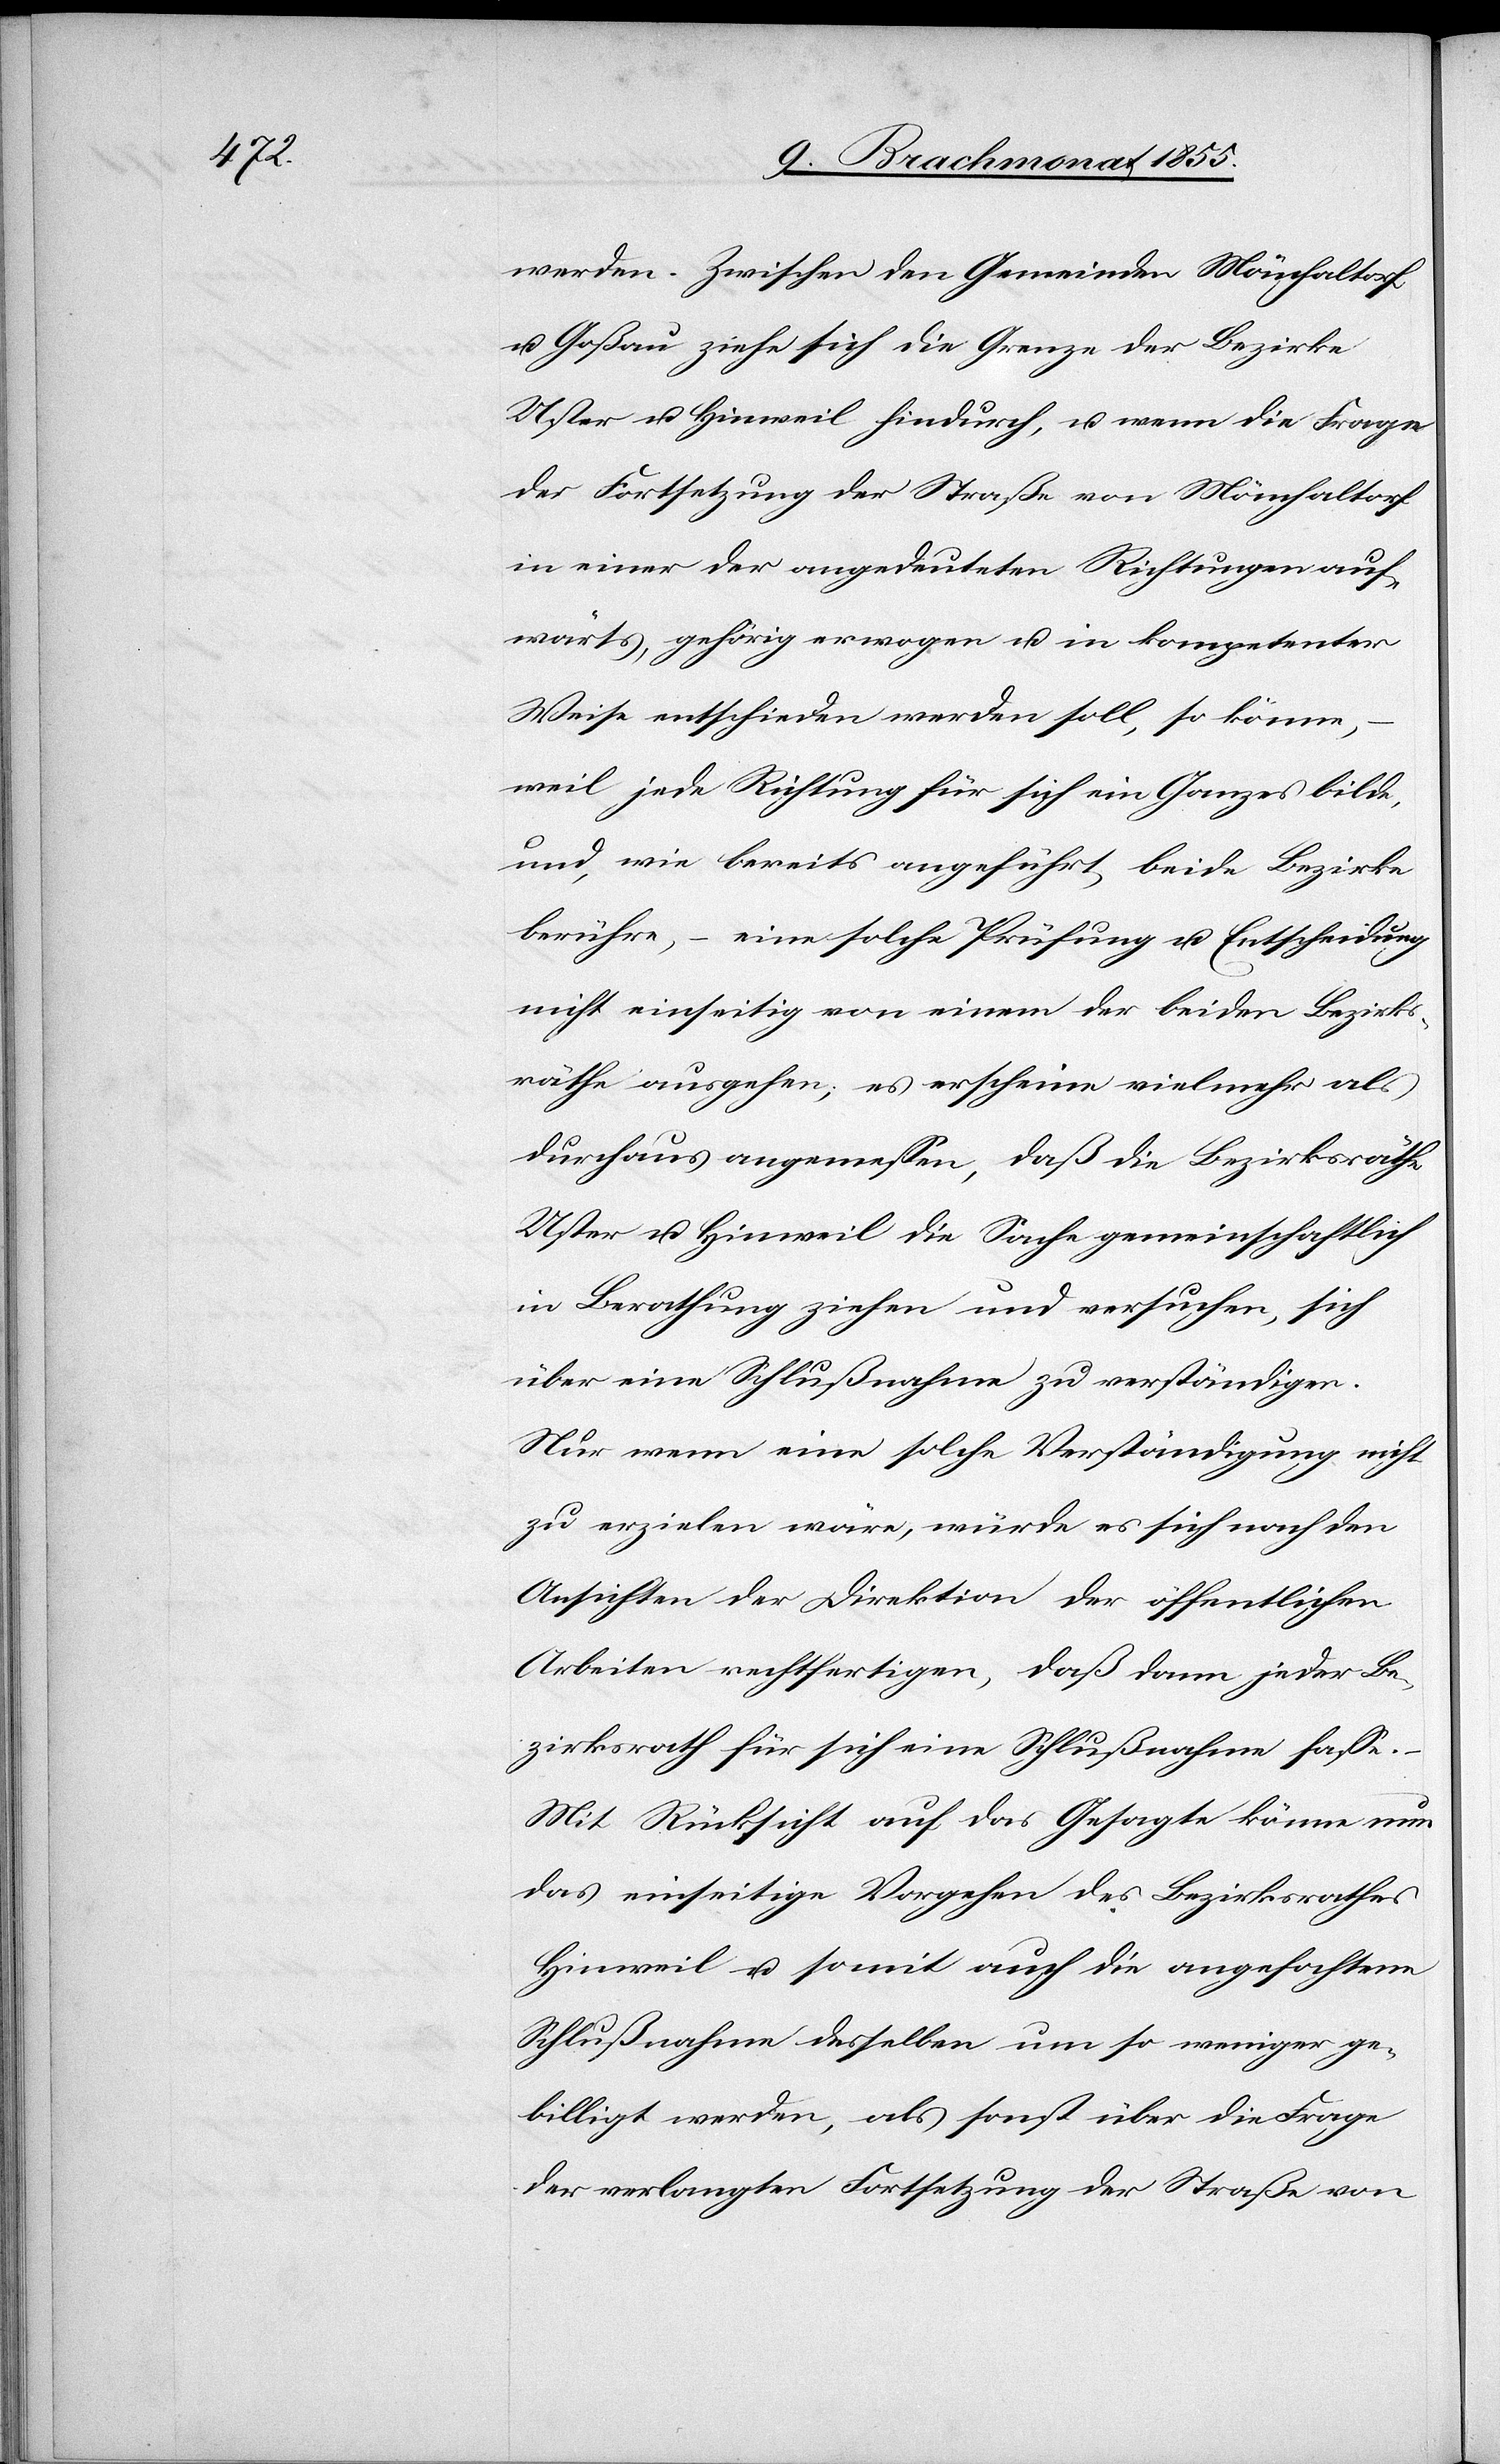
werden. Zwischen den Gemeinden Mönchaltorf
u. Goßau ziehe sich die Grenze der Bezirke
Uster u. Hinweil hindurch, u. wenn die Frage
der Fortsetzung der Straße von Mönchaltorf
in einer der angedeuteten Richtungen auf¬
wärts, gehörig erwogen u. in kompetenter
Weise entschieden werden soll, so könne,
–
weil jede Richtung für sich ein Ganzes bilde,
und, wie bereits angeführt, beide Bezirke
berühre, – eine solche Prüfung u. Entscheidung
nicht einseitig von einem der beiden Bezirks¬
räthe ausgehen; es erscheine vielmehr als
durchaus angemessen, daß die Bezirksräthe
Uster u. Hinweil die Sache gemeinschaftlich
in Berathung ziehen und versuchen, sich
über eine Schlußnahme zu verständigen.
Nur wenn eine solche Verständigung nicht
zu erzielen wäre, würde es sich nach den
Ansichten der Direktion der öffentlichen
Arbeiten rechtfertigen, daß dann jeder Be¬
zirksrath für sich eine Schlußnahme fasse.
Mit Rücksicht auf das Gesagte könne nun
das einseitige Vorgehen des Bezirksrathes
Hinweil u. somit auch die angefochtene
Schlußnahme desselben um so weniger ge¬
billigt werden, als sonst über die Frage
der verlangten Fortsetzung der Straße von